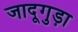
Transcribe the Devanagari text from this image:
जादूगुड़ा